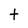
Character: t